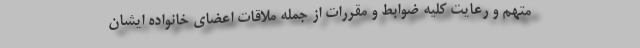
متهم و رعایت کلیه ضوابط و مقررات از جمله ملاقات اعضای خانواده ایشان